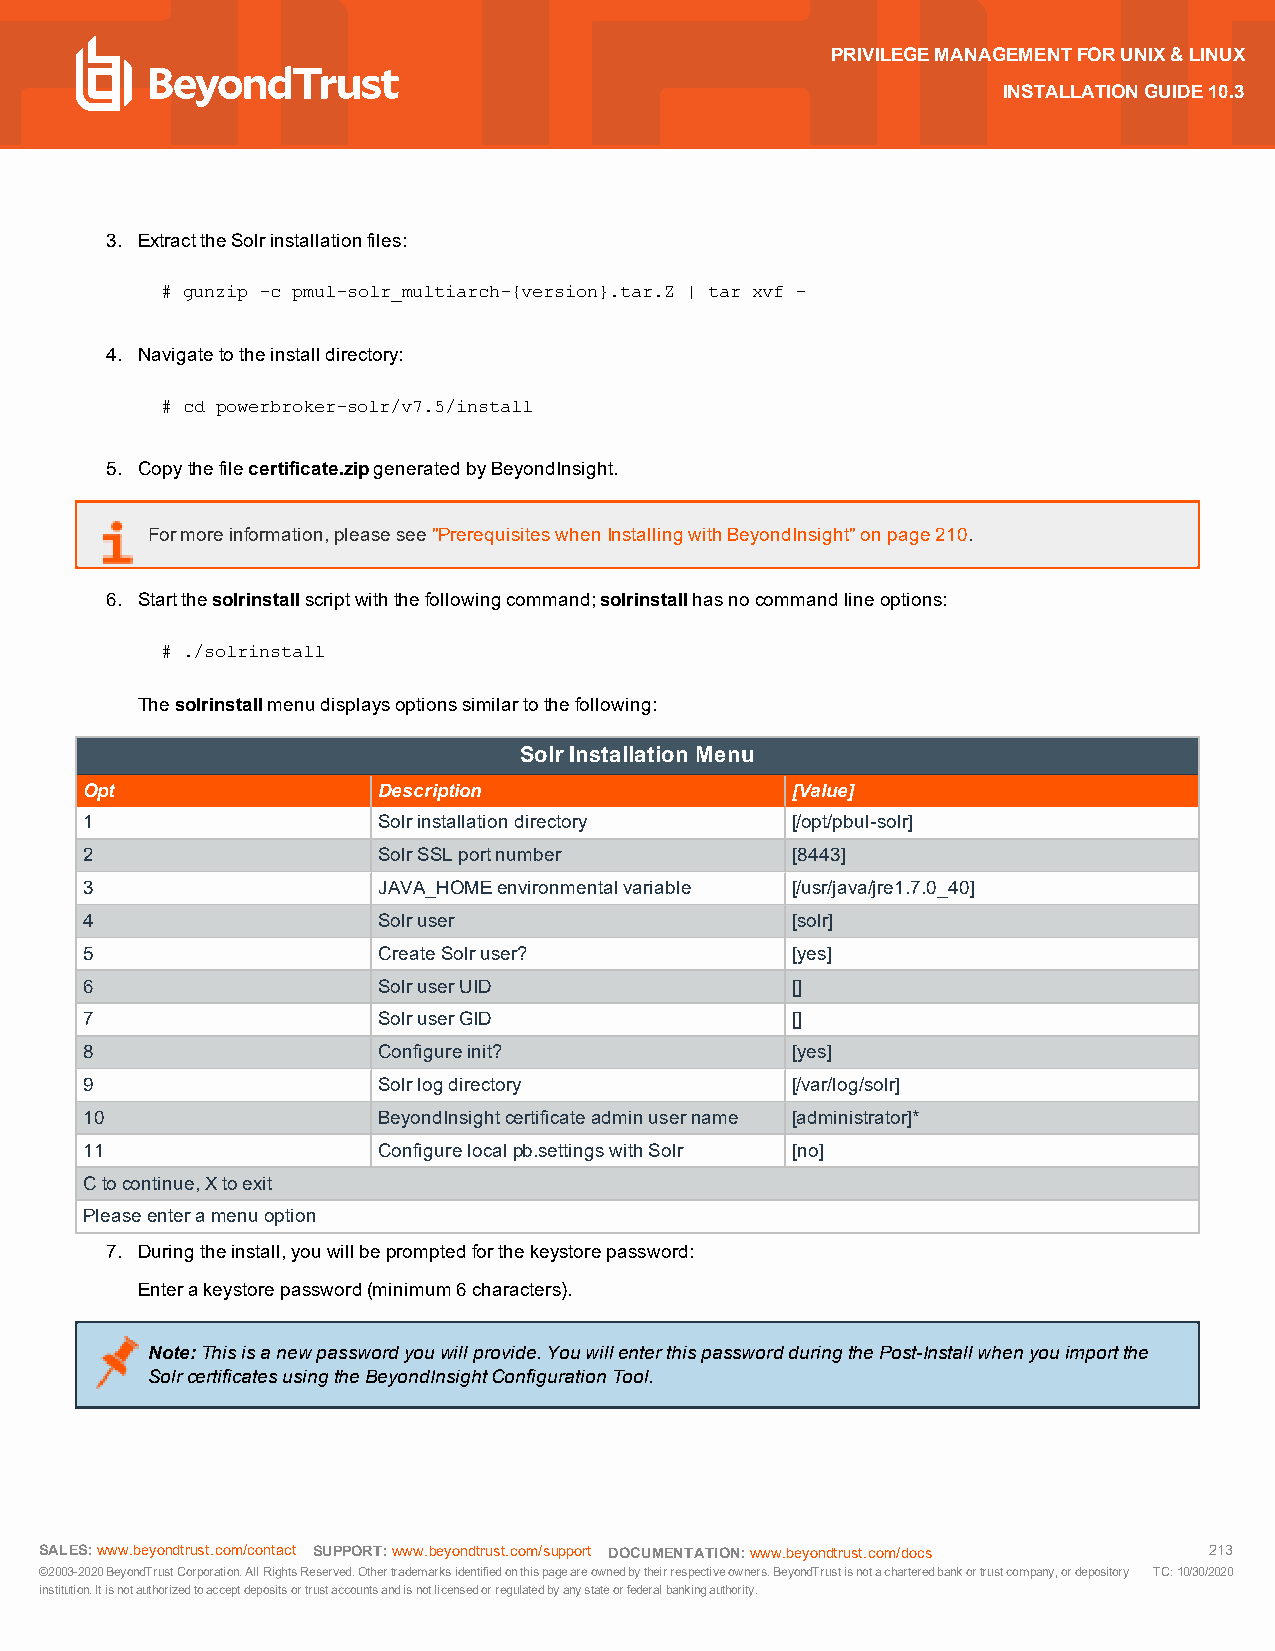
PRIVILEGEMANAGEMENTFORUNIX&LINUX
 INSTALLATIONGUIDE10.3
 3. ExtracttheSolrinstallationfiles:
 # gunzip -c pmul-solr_multiarch-{version}.tar.Z | tar xvf -
 4. Navigatetotheinstalldirectory:
 # cd powerbroker-solr/v7.5/install
 5. Copythefilecertificate.zipgeneratedbyBeyondInsight.
 Formoreinformation,pleasesee"PrerequisiteswhenInstallingwithBeyondInsight"onpage210.
 6. Startthesolrinstallscriptwiththefollowingcommand;solrinstallhasnocommandlineoptions:
 # ./solrinstall
 Thesolrinstallmenudisplaysoptionssimilartothefollowing:
 SolrInstallation Menu
 Opt                 Description                [Value]
 1                   Solrinstallationdirectory  [/opt/pbul-solr]
 2                   SolrSSLportnumber          [8443]
 3                   JAVA_HOMEenvironmentalvariable [/usr/java/jre1.7.0_40]
 4                   Solruser                   [solr]
 5                   CreateSolruser?            [yes]
 6                   SolruserUID                []
 7                   SolruserGID                []
 8                   Configureinit?             [yes]
 9                   Solrlogdirectory           [/var/log/solr]
 10                  BeyondInsightcertificateadminusername [administrator]*
 11                  Configurelocalpb.settingswithSolr [no]
 Ctocontinue,Xtoexit
 Pleaseenteramenuoption
 7. Duringtheinstall,youwillbepromptedforthekeystorepassword:
 Enterakeystorepassword(minimum6characters).
 Note:Thisisanewpasswordyouwillprovide.YouwillenterthispasswordduringthePost-Installwhenyouimportthe
 SolrcertificatesusingtheBeyondInsightConfigurationTool.
 SALES:www.beyondtrust.com/contact SUPPORT:www.beyondtrust.com/support DOCUMENTATION:www.beyondtrust.com/docs 213
 ©2003-2020BeyondTrustCorporation.AllRightsReserved.Othertrademarksidentifiedonthispageareownedbytheirrespectiveowners.BeyondTrustisnotacharteredbankortrustcompany,ordepository TC:10/30/2020
 institution.Itisnotauthorizedtoacceptdepositsortrustaccountsandisnotlicensedorregulatedbyanystateorfederalbankingauthority.